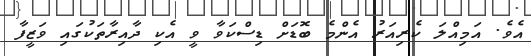
އެވެ. އަމިއްލަ ކެރިއަރު އެންމެ ބޮޑަށް ޑިސްކަވާ ވީ އެކި ދާއިރާތަކުގައި ވަޒީފާ